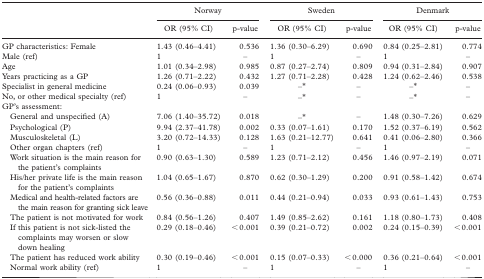
<table><thead><tr><td></td><td colspan="2"><b>Norway</b></td><td colspan="2"><b>Sweden</b></td><td colspan="2"><b>Denmark</b></td></tr><tr><td></td><td><b>OR (95% CI)</b></td><td><b>p-value</b></td><td><b>OR (95% CI)</b></td><td><b>p-value</b></td><td><b>OR (95% CI)</b></td><td><b>p-value</b></td></tr></thead><tbody><tr><td>GP characteristics: Female</td><td>1.43 (0.46–4.41)</td><td>0.536</td><td>1.36 (0.30–6.29)</td><td>0.690</td><td>0.84 (0.25–2.81)</td><td>0.774</td></tr><tr><td>Male (ref)</td><td>1</td><td>–</td><td>1</td><td>–</td><td>1</td><td>–</td></tr><tr><td>Age Years practicing as a GP Specialist in general medicine</td><td>1.01 (0.34–2.98) 1.26 (0.71–2.22) 0.24 (0.06–0.93)</td><td>0.985 0.432 0.039</td><td>0.87 (0.27–2.74) 1.27 (0.71–2.28) –*</td><td>0.809 0.428 –</td><td>0.94 (0.31–2.84) 1.24 (0.62–2.46) –*</td><td>0.907 0.538 –</td></tr><tr><td>No, or other medical specialty (ref) GP&#x27;s assessment:</td><td>1</td><td>–</td><td>–*</td><td>–</td><td>–*</td><td>–</td></tr><tr><td>General and unspecified (A)</td><td>7.06 (1.40–35.72)</td><td>0.018</td><td>–*</td><td>–</td><td>1.48 (0.30–7.26)</td><td>0.629</td></tr><tr><td>Psychological (P)</td><td>9.94 (2.37–41.78)</td><td>0.002</td><td>0.33 (0.07–1.61)</td><td>0.170</td><td>1.52 (0.37–6.19)</td><td>0.562</td></tr><tr><td>Musculoskeletal (L)</td><td>3.20 (0.72–14.33)</td><td>0.128</td><td>1.63 (0.21–12.77)</td><td>0.641</td><td>0.41 (0.06–2.80)</td><td>0.366</td></tr><tr><td>Other organ chapters (ref)</td><td>1</td><td>–</td><td>1</td><td>–</td><td>1</td><td>–</td></tr><tr><td>Work situation is the main reason for the patient&#x27;s complaints</td><td>0.90 (0.63–1.30)</td><td>0.589</td><td>1.23 (0.71–2.12)</td><td>0.456</td><td>1.46 (0.97–2.19)</td><td>0.071</td></tr><tr><td>His/her private life is the main reason for the patient&#x27;s complaints</td><td>1.04 (0.65–1.67)</td><td>0.870</td><td>0.62 (0.30–1.29)</td><td>0.200</td><td>0.91 (0.58–1.42)</td><td>0.674</td></tr><tr><td>Medical and health-related factors are the main reason for granting sick leave</td><td>0.56 (0.36–0.88)</td><td>0.011</td><td>0.44 (0.21–0.94)</td><td>0.033</td><td>0.93 (0.61–1.43)</td><td>0.753</td></tr><tr><td>The patient is not motivated for work</td><td>0.84 (0.56–1.26)</td><td>0.407</td><td>1.49 (0.85–2.62)</td><td>0.161</td><td>1.18 (0.80–1.73)</td><td>0.408</td></tr><tr><td>If this patient is not sick-listed the complaints may worsen or slow down healing</td><td>0.29 (0.18–0.46)</td><td>&lt; 0.001</td><td>0.39 (0.21–0.72)</td><td>0.002</td><td>0.24 (0.15–0.39)</td><td>&lt; 0.001</td></tr><tr><td>The patient has reduced work ability</td><td>0.30 (0.19–0.46)</td><td>&lt; 0.001</td><td>0.15 (0.07–0.33)</td><td>&lt; 0.000</td><td>0.36 (0.21–0.64)</td><td>&lt; 0.001</td></tr><tr><td>Normal work ability (ref)</td><td>1</td><td>–</td><td>1</td><td>–</td><td>1</td><td>–</td></tr></tbody></table>